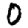
Digit: 0